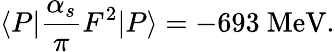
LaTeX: \langle P|{\frac{\alpha_{s}}{\pi}}F^{2}|P\rangle=-693\ \mathrm{MeV}.